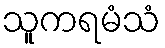
သူကရမံသံ